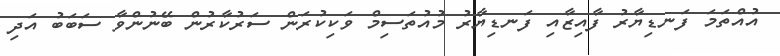
އުއްތަމަ ފަނޑިޔާރު ފާއިޒާއި ފަނޑިޔާރު މުއުތަސިމް ވަކިކުރަން ސަރުކާރުން ބޭނުންވާ ސަބަބު އަދި